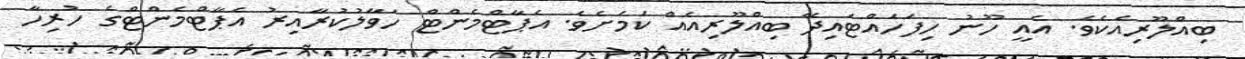
ބިއްލޫރިއެކެވެ. އެއީ ހޫނު ހިފަހައްޓައިދޭ ބިއްލޫރިއެއް ކަމަށެވެ. އެޕާޓްމެންޓް ހަވާލުކުރާއިރު އެޕާޓްމެންޓްގެ ހުރިހާ